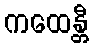
ကထေန္တီ